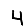
Digit: 4